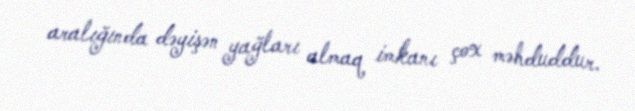
aralığında dəyişən yağları almaq imkanı çox məhduddur.